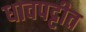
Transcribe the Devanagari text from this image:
धावपट्टीत